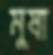
মুষা